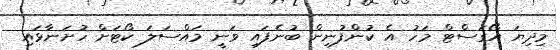
މިދިޔަ އޯގަސްޓް މަހު އެ ކުންފުނިން ބުނެފައި ވަނީ މައްސަލަ ކޯޓަށް ހުށަނާޅައި